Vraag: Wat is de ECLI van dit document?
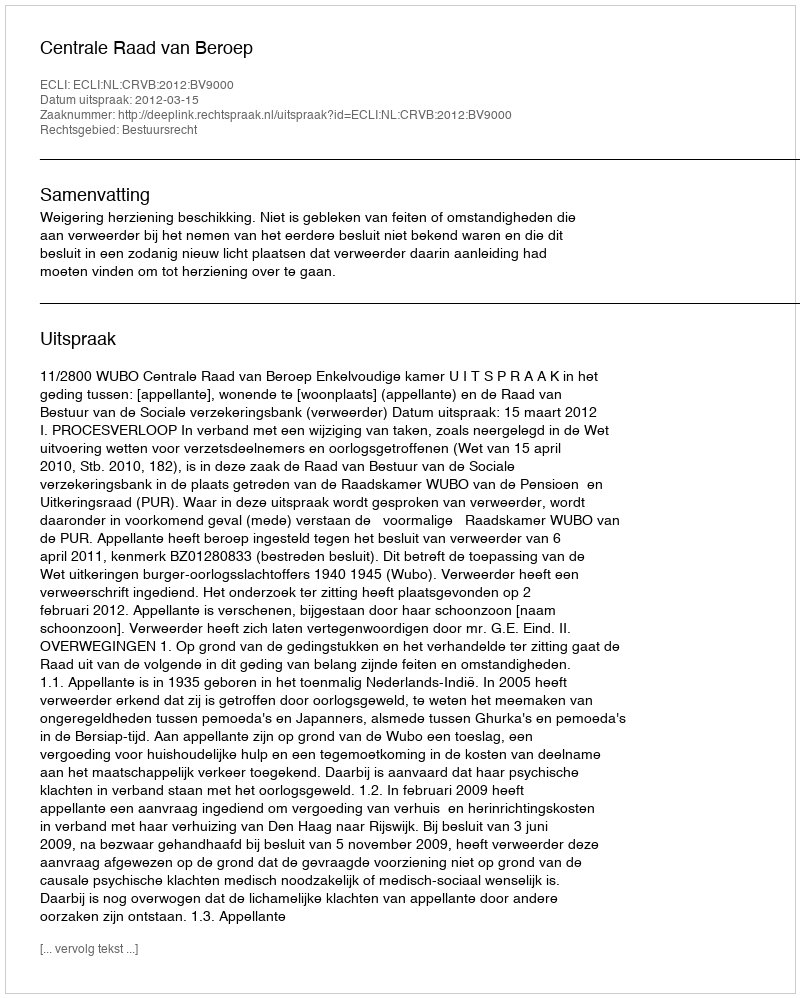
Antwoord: ECLI:NL:CRVB:2012:BV9000